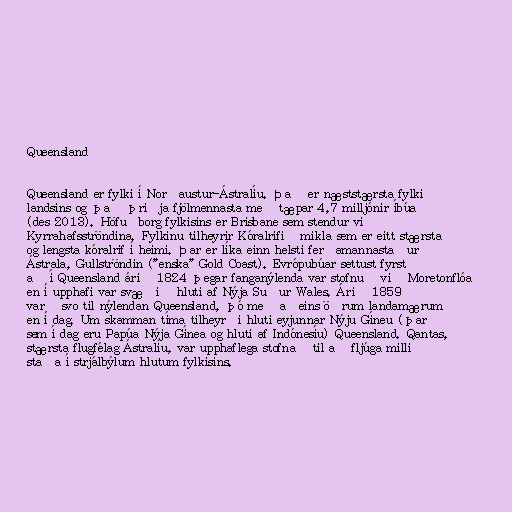
Queensland

Queensland er fylki í Norðaustur-Ástralíu. Það er næststærsta fylki
landsins og það þriðja fjölmennasta með tæpar 4,7 milljónir íbúa
(des 2013). Höfuðborg fylkisins er Brisbane sem stendur við
Kyrrahafsströndina. Fylkinu tilheyrir Kóralrifið mikla sem er eitt stærsta
og lengsta kóralrif í heimi. Þar er líka einn helsti ferðamannastaður
Ástrala, Gullströndin ("enska" Gold Coast). Evrópubúar settust fyrst
að í Queensland árið 1824 þegar fanganýlenda var stofnuð við Moretonflóa
en í upphafi var svæðið hluti af Nýja Suður Wales. Árið 1859
varð svo til nýlendan Queensland, þó með aðeins öðrum landamærum
en í dag. Um skamman tíma tilheyrði hluti eyjunnar Nýju Gíneu (þar
sem í dag eru Papúa Nýja Gínea og hluti af Indónesíu) Queensland. Qantas,
stærsta flugfélag Ástralíu, var upphaflega stofnað til að fljúga milli
staða í strjálbýlum hlutum fylkisins.